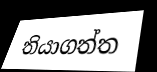
තියාගත්ත